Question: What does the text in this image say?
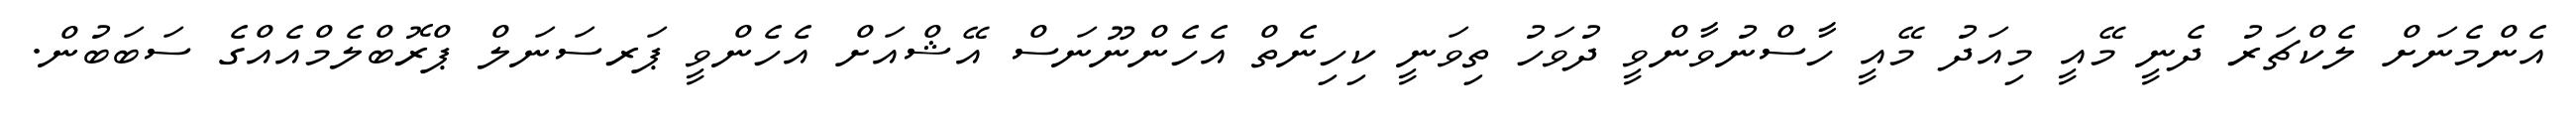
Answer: އެންމެނަށް ލެކްޗަރު ދެނީ މޭއީ މިއަދު މޭއީ ހާސްނުވާންވީ ދުވަހު ތިވަނީ ކިހިނެތް އެހެންނޫނަސް އޭޝްއަށް އެހެންވީ ޕަރސަނަލް ޕްރޮބްލެމްއެއްގެ ސަބަބުން.